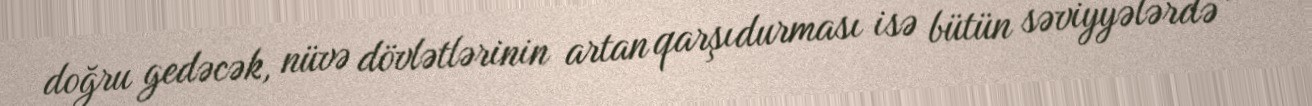
doğru gedəcək, nüvə dövlətlərinin artan qarşıdurması isə bütün səviyyələrdə -